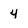
Character: 4